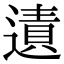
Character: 𨖊